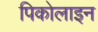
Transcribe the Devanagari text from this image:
पिकोलाइन